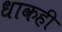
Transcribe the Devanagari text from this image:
धाकही